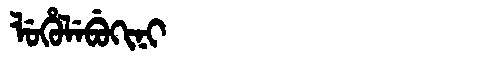
Manchu: ᠯᡠᡥᡠᠯᡝᠪᡠᡴᡳᠨᡳ
Romanization: LUHULEBUKINI